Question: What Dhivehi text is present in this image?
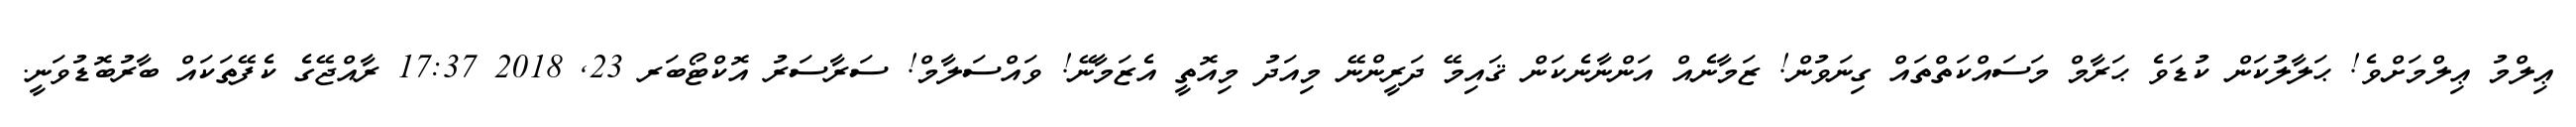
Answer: ޢިލްމު ޢިލްމަށްވެ! ޙަލާލުކަން ކުޑަވެ ޙަރާމް މަސައްކަތްތައް ގިނަވުން! ޒަމާނެއް އަންނާނެކަން ޤައިމޭ ދަރީންނޭ މިއަދު މިއޮތީ އެޒަމާނޭ! ވައްސަލާމް! ސަރާސަރު އޮކްޓޯބަރ 23, 2018 17:37 ރާއްޖޭގެ ކެފޭތަކައް ބާރުބޮޑުވަނީ.